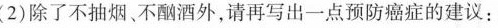
(2)除了不抽烟、不酗酒外，请再写出一点预防癌症的建议：